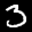
Label: 3